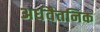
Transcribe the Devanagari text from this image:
अर्धवैतनिक